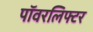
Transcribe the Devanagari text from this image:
पॉवरलिफ्टर